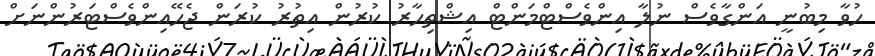
ހުވާ މިބުނީ އަންގާވެސް ނުލާ އިންވެސްޓްމަންޓް އިޝްތިހާރު ކުރުން އިތުރު ކުރަން ޖެހޭއިންވެސްޓަރުންނަށް